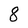
Character: 8